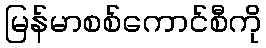
မြန်မာစစ်ကောင်စီကို